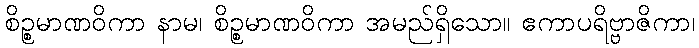
စိဉ္စမာဏဝိကာ နာမ၊ စိဉ္စမာဏဝိကာ အမည်ရှိသော။ ဧကာပရိဗ္ဗာဇိကာ၊